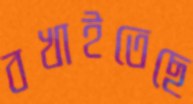
বখাইতেছে